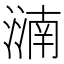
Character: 㵜